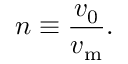
n \equiv \frac { v _ { 0 } } { v _ { \mathrm { { m } } } } .